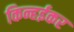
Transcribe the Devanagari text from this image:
किन्हईकर